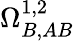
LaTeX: \Omega_{B,AB}^{1,2}